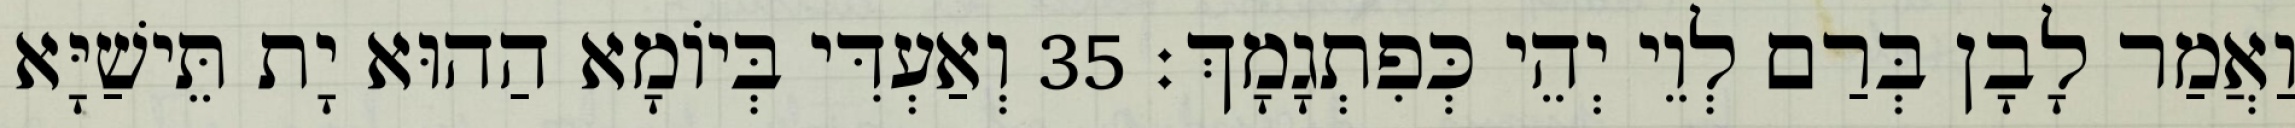
וַאֲמַר לָבָן בְּרַם לְוֵי יְהֵי כְּפִתְגָמָךְ׃ 35 וְאַעְדִּי בְּיוֹמָא הַהוּא יָת תֵּישַׁיָּא